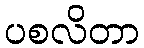
ပစလိတာ